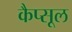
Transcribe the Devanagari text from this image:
कैप्‍सूल